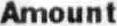
AMOUNT